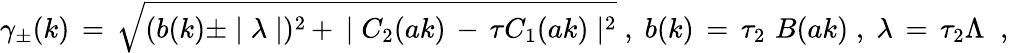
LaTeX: \gamma_{\pm}(k)\, =\, \sqrt{(b(k)\pm\mid\lambda\mid)^{2}\, +\, \mid C_{2}(ak)\, -\, \tau C_{1}(ak)\mid^{2}}\; ,\; b(k)\, =\, \tau_{2}\, \, B(ak)\; ,\; \lambda\, =\, \tau_{2}\Lambda\; \; ,